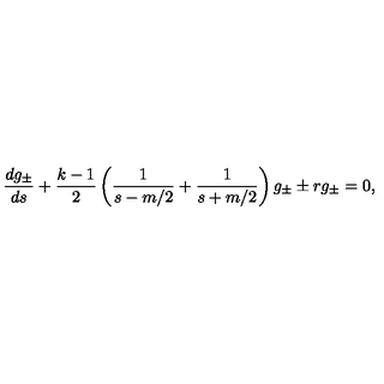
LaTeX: \frac { d g _ { \pm } } { d s } + \frac { k - 1 } { 2 } \left( \frac { 1 } { s - m / 2 } + \frac { 1 } { s + m / 2 } \right) g _ { \pm } \pm r g _ { \pm } = 0 ,